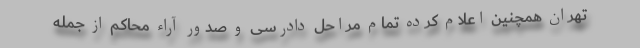
تهران همچنین اعلام کرده تمام مراحل دادرسی و صدور آراء محاکم از جمله